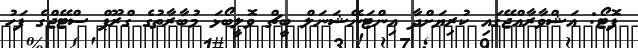
ފޮޓޯ: އަޝްވާރާއްޖޭގައި ކުރިޔަށްދާ އިންޓަނޭޝަނަލް ބީޗް ވޮލީބޯޅަ މުބާރާތުގެ ގްރޫޕް ސްޓޭޖްގެ ފަހު